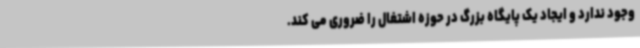
وجود ندارد و ایجاد یک پایگاه بزرگ در حوزه اشتغال را ضروری می کند.